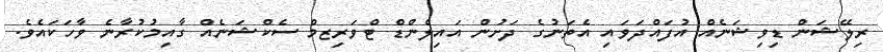
ރިލޭޝަން ޑިވިޝަނެއް އުފައްދަވައި އެތަނުގެ ދަށުން އައިލެންޑް ޓްވަރިޒމް ސެކްޝަނެއް ގާއިމުކުރާނެ ވާހަކައެވެ.